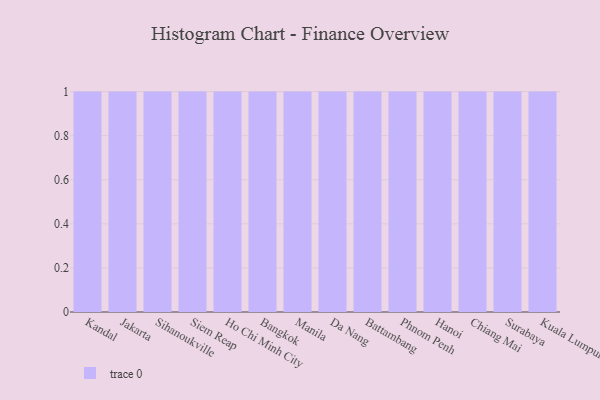
{"axis": {"x": "City", "y": "Temperature (°C)"}, "legend": [""], "data": [{"x": "Kandal", "y": 55, "type": ""}, {"x": "Jakarta", "y": 100, "type": ""}, {"x": "Sihanoukville", "y": 77, "type": ""}, {"x": "Siem Reap", "y": 39, "type": ""}, {"x": "Ho Chi Minh City", "y": 42, "type": ""}, {"x": "Bangkok", "y": 89, "type": ""}, {"x": "Manila", "y": 70, "type": ""}, {"x": "Da Nang", "y": 19, "type": ""}, {"x": "Battambang", "y": 88, "type": ""}, {"x": "Phnom Penh", "y": 91, "type": ""}, {"x": "Hanoi", "y": 56, "type": ""}, {"x": "Chiang Mai", "y": 3, "type": ""}, {"x": "Surabaya", "y": 8, "type": ""}, {"x": "Kuala Lumpur", "y": 39, "type": ""}]}